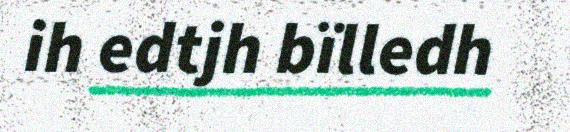
ih edtjh bïlledh